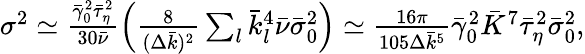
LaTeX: \begin{array}{r}{\sigma^{2}\simeq\frac{\bar{\gamma}_{0}^{2}\bar{\tau}_{\eta}^{2}}{30\bar{\nu}}\left(\frac{8}{(\Delta\bar{k})^{2}}\sum_{l}\bar{k}_{l}^{4}\bar{\nu}\bar{\sigma}_{0}^{2}\right)\simeq\frac{16\pi}{105\Delta\bar{k}^{5}}\bar{\gamma}_{0}^{2}\bar{K}^{7}\bar{\tau}_{\eta}^{2}\bar{\sigma}_{0}^{2},}\end{array}